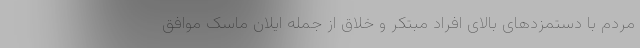
مردم با دستمزدهای بالای افراد مبتکر و خلاق از جمله ایلان ماسک موافق